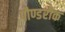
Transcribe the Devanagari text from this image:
पौण्डरीक